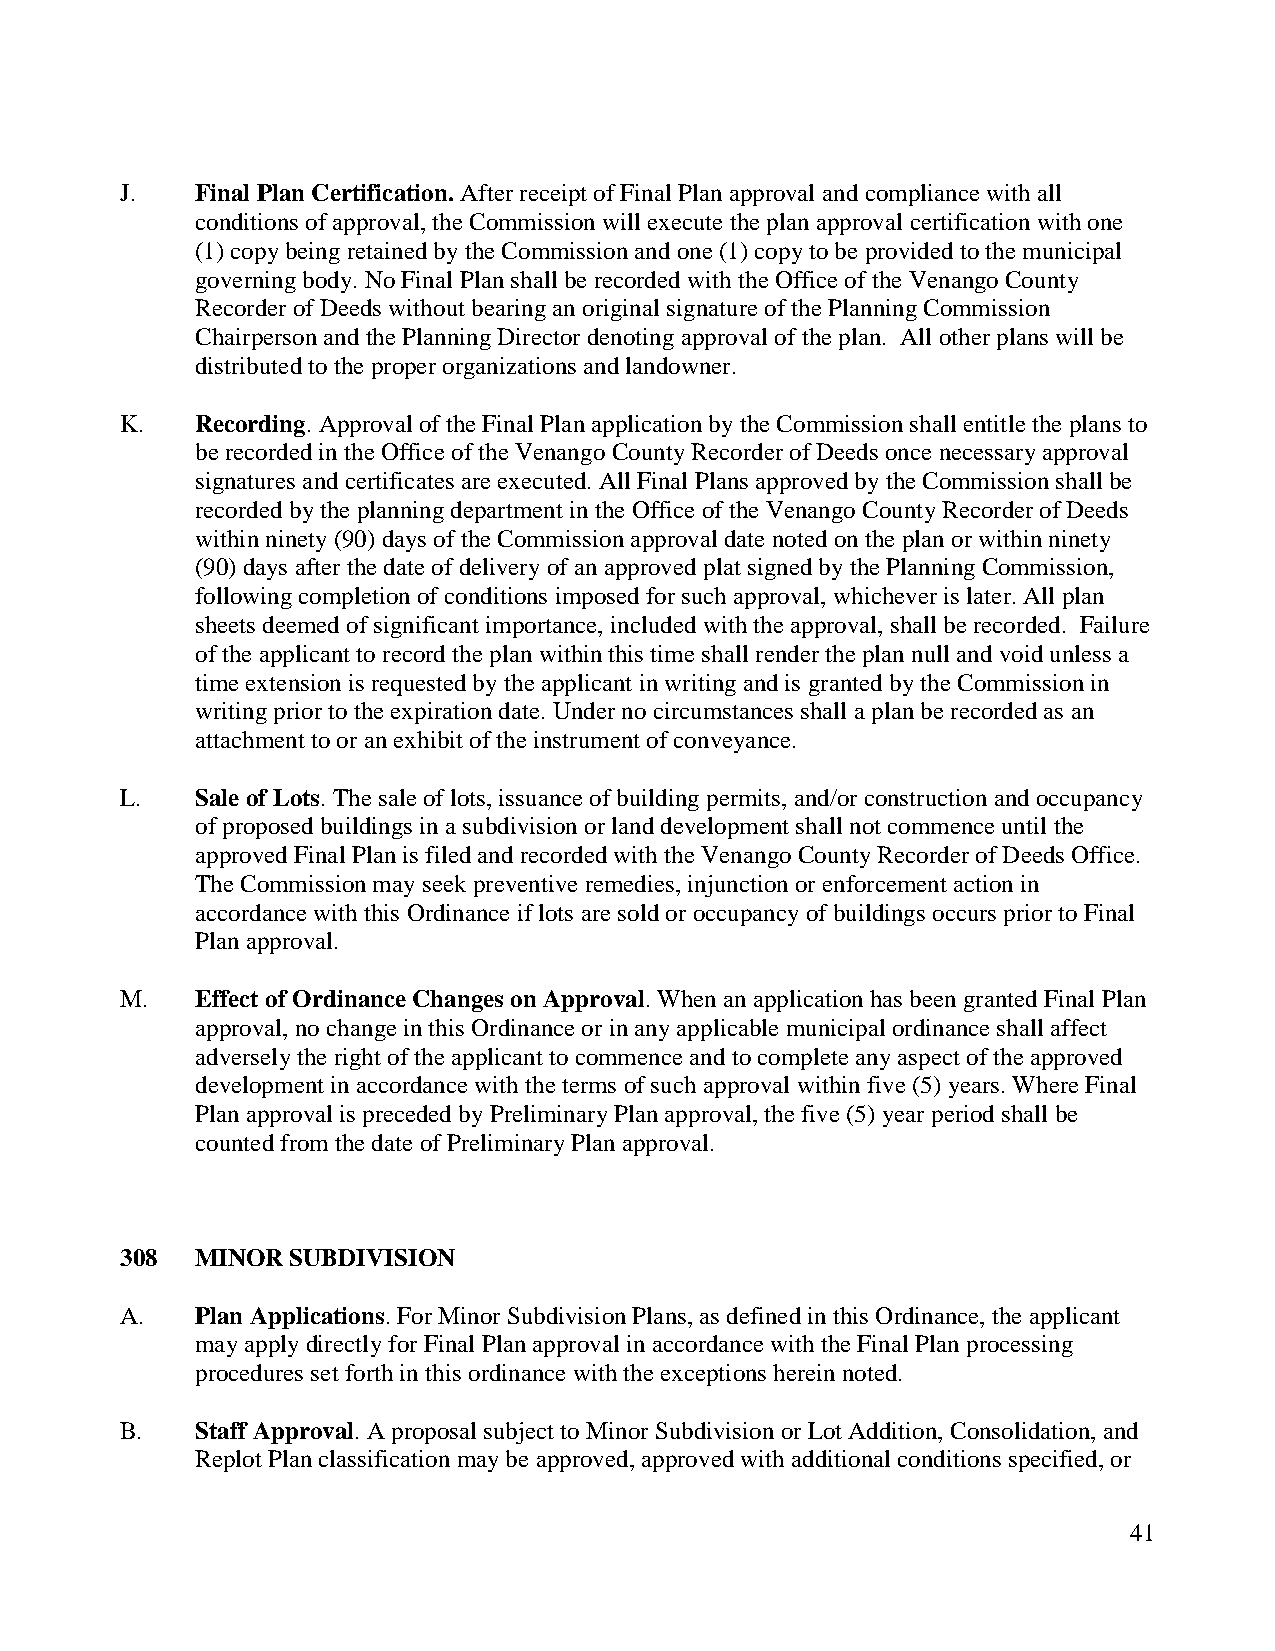
J.   Final Plan Certification. After receipt of Final Plan approval and compliance with all
 conditions of approval, the Commission will execute the plan approval certification with one
 (1) copy being retained by the Commission and one (1) copy to be provided to the municipal
 governing body. No Final Plan shall be recorded with the Office of the Venango County
 Recorder of Deeds without bearing an original signature of the Planning Commission
 Chairperson and the Planning Director denoting approval of the plan. All other plans will be
 distributed to the proper organizations and landowner.
 K.   Recording. Approval of the Final Plan application by the Commission shall entitle the plans to
 be recorded in the Office of the Venango County Recorder of Deeds once necessary approval
 signatures and certificates are executed. All Final Plans approved by the Commission shall be
 recorded by the planning department in the Office of the Venango County Recorder of Deeds
 within ninety (90) days of the Commission approval date noted on the plan or within ninety
 (90) days after the date of delivery of an approved plat signed by the Planning Commission,
 following completion of conditions imposed for such approval, whichever is later. All plan
 sheets deemed of significant importance, included with the approval, shall be recorded. Failure
 of the applicant to record the plan within this time shall render the plan null and void unless a
 time extension is requested by the applicant in writing and is granted by the Commission in
 writing prior to the expiration date. Under no circumstances shall a plan be recorded as an
 attachment to or an exhibit of the instrument of conveyance.
 L.   Sale of Lots. The sale of lots, issuance of building permits, and/or construction and occupancy
 of proposed buildings in a subdivision or land development shall not commence until the
 approved Final Plan is filed and recorded with the Venango County Recorder of Deeds Office.
 The Commission may seek preventive remedies, injunction or enforcement action in
 accordance with this Ordinance if lots are sold or occupancy of buildings occurs prior to Final
 Plan approval.
 M.   Effect of Ordinance Changes on Approval. When an application has been granted Final Plan
 approval, no change in this Ordinance or in any applicable municipal ordinance shall affect
 adversely the right of the applicant to commence and to complete any aspect of the approved
 development in accordance with the terms of such approval within five (5) years. Where Final
 Plan approval is preceded by Preliminary Plan approval, the five (5) year period shall be
 counted from the date of Preliminary Plan approval.
 308  MINOR SUBDIVISION
 A.   Plan Applications. For Minor Subdivision Plans, as defined in this Ordinance, the applicant
 may apply directly for Final Plan approval in accordance with the Final Plan processing
 procedures set forth in this ordinance with the exceptions herein noted.
 B.   Staff Approval. A proposal subject to Minor Subdivision or Lot Addition, Consolidation, and
 Replot Plan classification may be approved, approved with additional conditions specified, or
 41